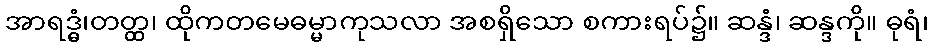
အာရဒ္ဓံ၊တတ္ထ၊ ထိုကတမေဓမ္မာကုသလာ အစရှိသော စကားရပ်၌။ ဆန္ဒံ၊ ဆန္ဒကို။ ဓုရံ၊